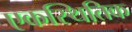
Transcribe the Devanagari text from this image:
एकस्थितिक